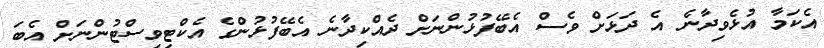
އެކަމާ އުޅެވިދާނެ އެ ދަޅަށް ވެސް އެބޭފުޅުންނަށް ދެއްކިދާނެ އެބޭފުޅުންގެ އެކްޓިވިސްޓުންނަށް އެބަ